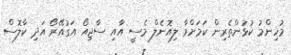
މުހިންމު ކުޅުންތެރިން ކަމަށްވާ ލިއޮނެލް މެސީ އާއި ސާޖިއޯ އަގުއޭރޯ އަދި ކާލޮސް